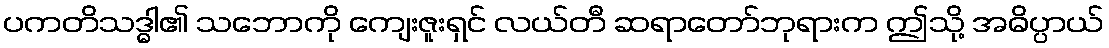
ပကတိသဒ္ဓါ၏ သဘောကို ကျေးဇူးရှင် လယ်တီ ဆရာတော်ဘုရားက ဤသို့ အဓိပ္ပာယ်